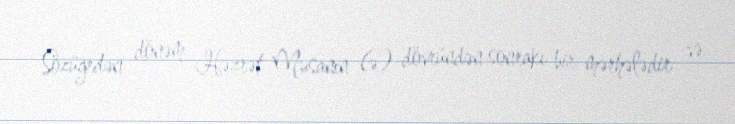
Sözügedən dönəm Həzrət Musanın (ə) dövründən sonrakı bir mərhələdir və